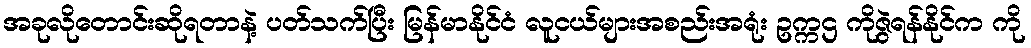
အခုလိုတောင်းဆိုရတာနဲ့ ပတ်သက်ပြီး မြန်မာနိုင်ငံ လူငယ်များအစည်းအရုံး ဥက္ကဌ ကိုဇွဲရန်နိုင်က ကို